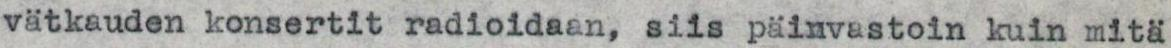
vätkauden konsertit radioidaan, siis päinvastoin kuin mitä